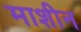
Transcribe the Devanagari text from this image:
माशीन